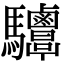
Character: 𩧤